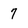
Character: 7